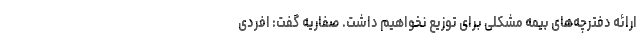
ارائه دفترچه‌های بیمه مشکلی برای توزیع نخواهیم داشت. صفاریه گفت: افردی